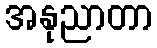
အနုညာတာ